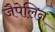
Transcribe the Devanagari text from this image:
जैपेलिन